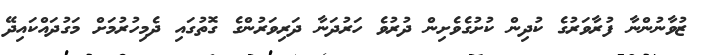
ޒުވާނުންނާ ފުރާވަރުގެ ކުދިން ކުށުގެވެށިން ދުރުވެ ހަރުދަނާ ދަރިވަރުންގެ ގޮތުގައި ދެމިހުރުމަށް މަގުދައްކައިދޭ